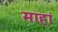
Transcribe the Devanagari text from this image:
माहां